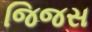
જિજસ